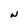
Character: N